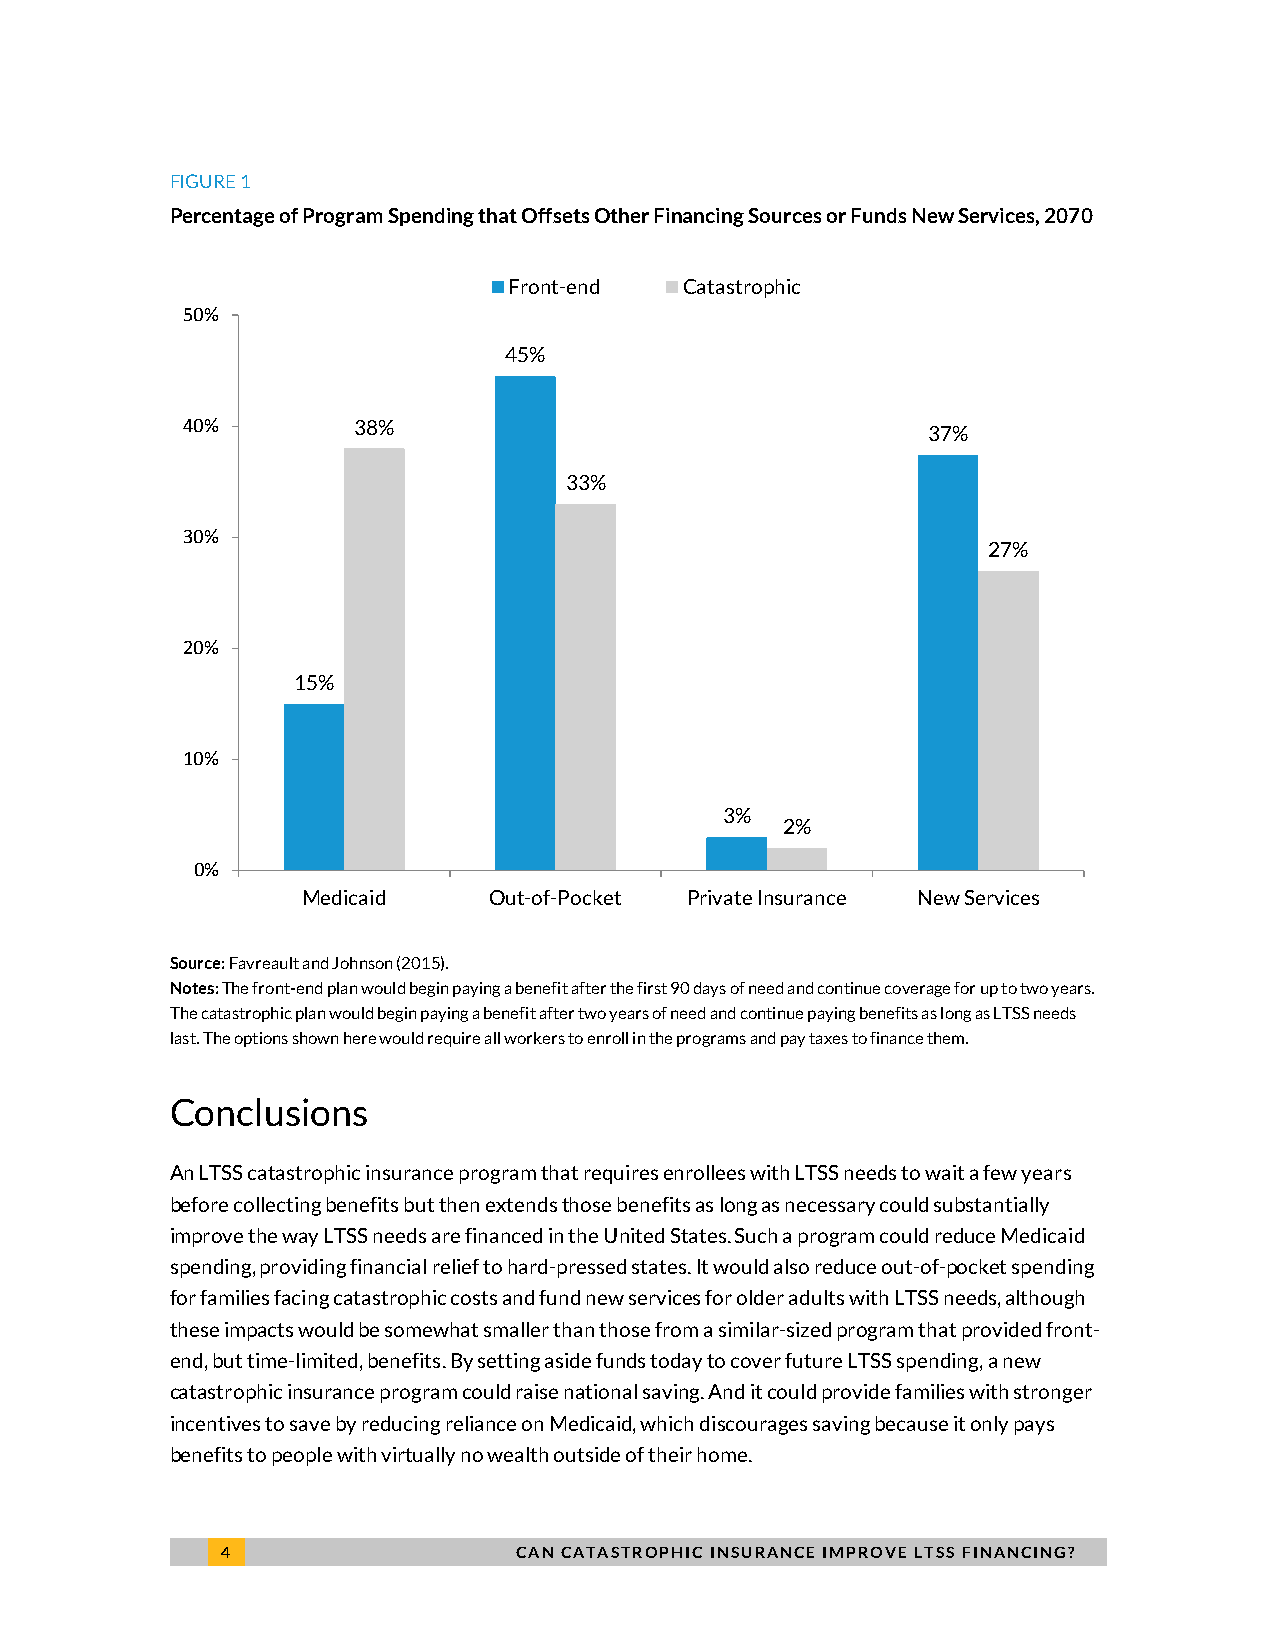
FIGURE 1
 Percentage of Program Spending that Offsets Other Financing Sources or Funds New Services, 2070
 Front-end  Catastrophic
 50%
 45%
 40%        38%
 37%
 33%
 30%
 27%
 20%
 15%
 10%
 3%
 2%
 0%
 Medicaid    Out-of-Pocket Private Insurance New Services
 Source: Favreault and Johnson (2015).
 Notes: The front-end plan would begin paying a benefit after the first 90 days of need and continue coverage for up to two years.
 The catastrophic plan would begin paying a benefit after two years of need and continue paying benefits as long as LTSS needs
 last. The options shown here would require all workers to enroll in the programs and pay taxes to finance them.
 Conclusions
 An LTSS catastrophic insurance program that requires enrollees with LTSS needs to wait a few years
 before collecting benefits but then extends those benefits as long as necessary could substantially
 improve the way LTSS needs are financed in the United States. Such a program could reduce Medicaid
 spending, providing financial relief to hard-pressed states. It would also reduce out-of-pocket spending
 for families facing catastrophic costs and fund new services for older adults with LTSS needs, although
 these impacts would be somewhat smaller than those from a similar-sized program that provided front-
 end, but time-limited, benefits. By setting aside funds today to cover future LTSS spending, a new
 catastrophic insurance program could raise national saving. And it could provide families with stronger
 incentives to save by reducing reliance on Medicaid, which discourages saving because it only pays
 benefits to people with virtually no wealth outside of their home.
 4                  CAN CATASTROPHIC INSURANCE IMPROVE LTSS FINANCING?